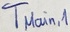
Text: TMain,1